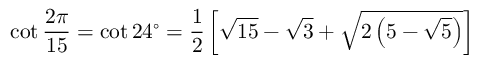
\cot { \frac { 2 \pi } { 1 5 } } = \cot 2 4 ^ { \circ } = { \frac { 1 } { 2 } } \left[ { \sqrt { 1 5 } } - { \sqrt { 3 } } + { \sqrt { 2 \left( 5 - { \sqrt { 5 } } \right) } } \right]